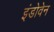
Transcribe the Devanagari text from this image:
इंडोवेन